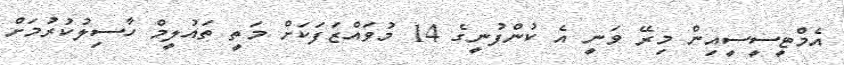
އެމްޓީސީސީއިން މިރޭ ވަނީ އެ ކުންފުނީގެ 14 މުވައްޒަފަކަށް މަތީ ތައުލީމް ހާސިލުކުރުމަށް